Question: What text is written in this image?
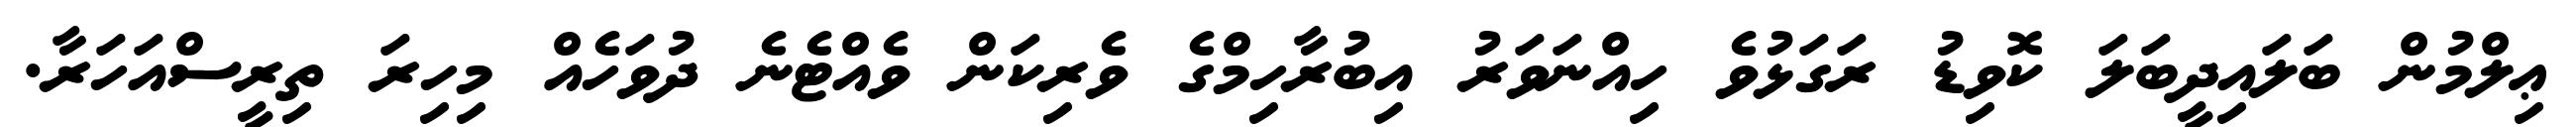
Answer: ޢިލްމުން ބަލައިދީބަލަ ކޮވިޑު ރަގަޅުވެ ހިއްނަވަރު އިބުރާހިމްގެ ވެރިކަން ވެއްޓެނެ ދުވަހެއް މިހިރަ ތިރީސްއަހަރާ.